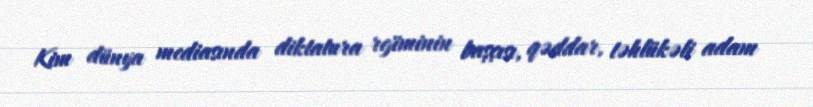
Kim dünya mediasında diktatura rejiminin başçısı, qəddar, təhlükəli adam